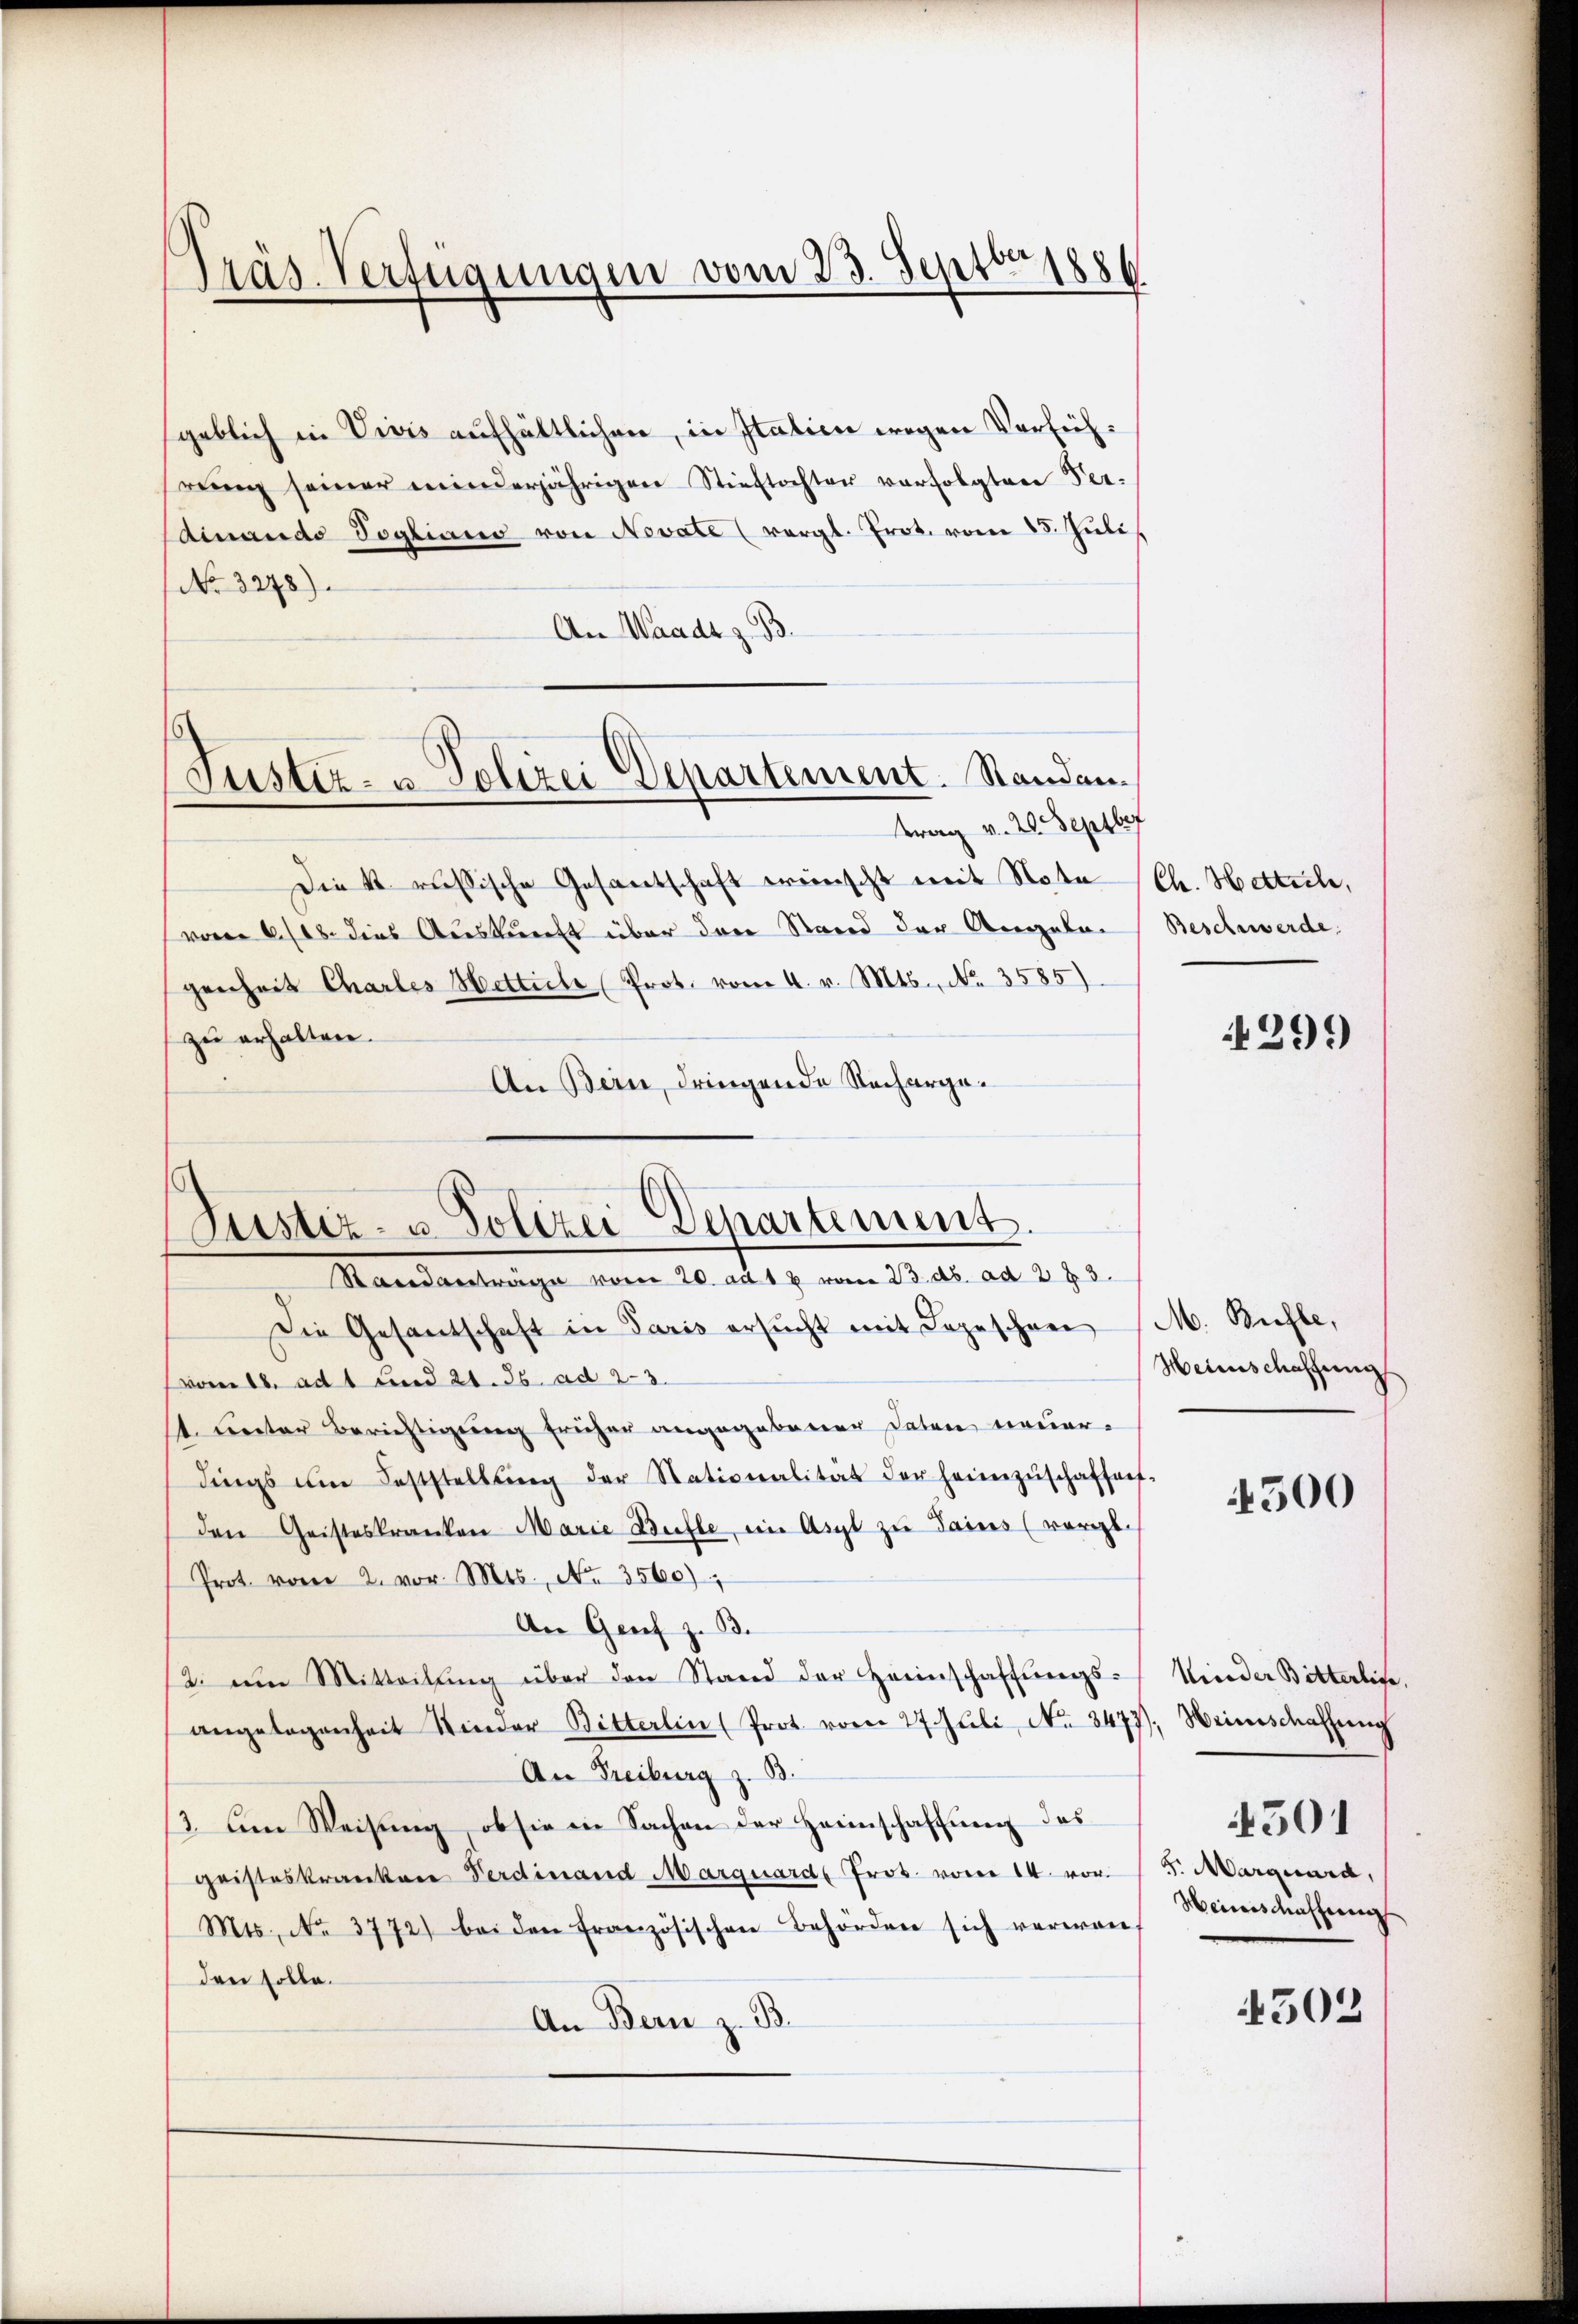
Präs. Verfügungen vom 23. Septbr. 1886

Justiz- u. Polizei Departement. Standen.
trag v. 20. Septbef

(Justiz- u. Polizei Departement.
Standanträge vom 20. ad 12 vom 23. ds. ad 2 § 3.

geblich in Vivis aufhältlichen, in Italien wegen Verführŭng seiner minderjährigen Stieftochter vorfolgtere Per-
dinande Vogliano von Novate (vergl. Prot. vom 15. Jŭli
No 3278)
An Waadt z. B
Die k. russische Gesantschaft wünscht mit Nota (Ch. Hettich,
vom 18. dies Auskunft über drei Stand der Angelagenheit Chartes Hetticle (Prot. vom 4. v. Mts., No. 3585)
zu erhalten.
An Bern, dringende Recharge¬
Die Gesantschaft in Paris ersŭcht mit Depeschen (M. Bühle,
(vom 16. ad 1 und 21. 36. ad 23.
1. unter Berichtigung früher angegebener datore neuerdings um Feststellŭng der Stationalität der heimzŭschaffent-
den Geisteskranken Marie Bulle, im Asyl zu Sains (vergl.
Prot. vom 2. vor. Mts., No. 3560)
An Genf z. B.
12. um Mitteilung über den Stand der Heimschaffungs-
angelegenheit Kinder Bitterlin (Prot. vom 27. Jŭli, No. 3473). Weinschaffŭng
An Freiburg z. B.
(3. Am Weisung, ob sie in Sachen der Heimschaffung des
geisteskranken Verdinand Marquard Prot. vom 14. vor. (5. Marquard,
Mts. No. 3772) bei den französischen Behörden sich verwan
den solle.
An Bern z. B.

Beschwerde.

299

Heimschaffung

4500

Nieder Bitterlige.
4501
Weinschaffung

4503